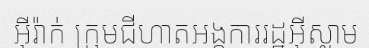
អ៊ីរ៉ាក់ ក្រុមជីហាតអង្គការរដ្ឋអ៊ីស្លាម